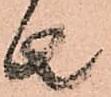
者